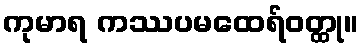
ကုမာရ ကဿပမထေရ်ဝတ္ထု။